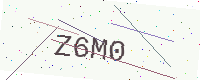
Text: Z6M0